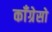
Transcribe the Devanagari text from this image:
काँग्रेसो